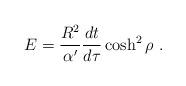
LaTeX: \begin{align*}E = {R^2\over \alpha'} {dt\over d\tau}\cosh^2 \rho\ .\end{align*}